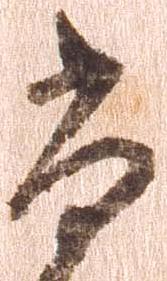
尚